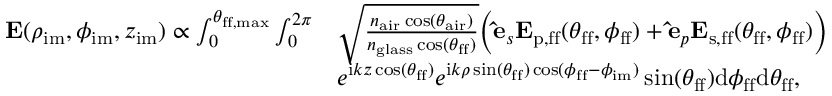
\begin{array} { r l } { \mathbf { E } ( \rho _ { \mathrm { i m } } , \phi _ { \mathrm { i m } } , z _ { \mathrm { i m } } ) \propto \int \displaylimits _ { 0 } ^ { \theta _ { \mathrm { f f , m a x } } } \int \displaylimits _ { 0 } ^ { 2 \pi } } & { \sqrt { \frac { n _ { \mathrm { a i r } } \cos ( \theta _ { \mathrm { a i r } } ) } { n _ { \mathrm { g l a s s } } \cos ( \theta _ { \mathrm { f f } } ) } } \Bigl ( \mathbf { \hat { e } } _ { s } \mathbf { E } _ { \mathrm { p , f f } } ( \theta _ { \mathrm { f f } } , \phi _ { \mathrm { f f } } ) + \mathbf { \hat { e } } _ { p } \mathbf { E } _ { \mathrm { s , f f } } ( \theta _ { \mathrm { f f } } , \phi _ { \mathrm { f f } } ) \Bigr ) } \\ & { e ^ { \mathrm { i } k z \cos ( \theta _ { \mathrm { f f } } ) } e ^ { \mathrm { i } k \rho \sin ( \theta _ { \mathrm { f f } } ) \cos ( \phi _ { \mathrm { f f } } - \phi _ { \mathrm { i m } } ) } \sin ( \theta _ { \mathrm { f f } } ) \mathrm { d } \phi _ { \mathrm { f f } } \mathrm { d } \theta _ { \mathrm { f f } } , } \end{array}